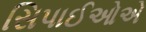
સિપાઈઓએ